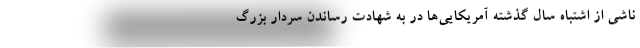
ناشی از اشتباه سال گذشته آمریکایی‌ها در به شهادت رساندن سردار بزرگ